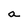
Character: a